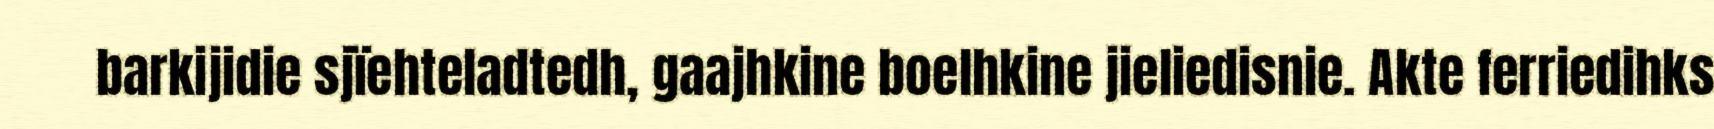
barkijidie sjïehteladtedh, gaajhkine boelhkine jieliedisnie. Akte ferriedihks